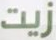
زيت